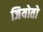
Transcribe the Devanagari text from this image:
जियोतो